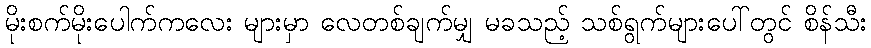
မိုးစက်မိုးပေါက်ကလေး များမှာ လေတစ်ချက်မျှ မခသည့် သစ်ရွက်များပေါ်တွင် စိန်သီး